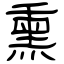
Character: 熏